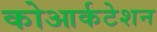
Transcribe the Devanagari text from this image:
कोआर्कटेशन